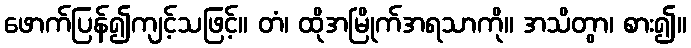
ဖောက်ပြန်၍ကျင့်သဖြင့်။ တံ၊ ထိုအမြိုက်အရသာကို။ အသိတွာ၊ စား၍။